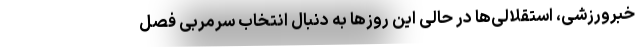
خبرورزشی، استقلالی‌ها در حالی این روزها به دنبال انتخاب سرمربی فصل